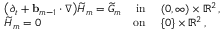
\begin{array} { r l r l } & { \bigl ( \partial _ { t } + \ensuremath { \mathbf { b } } _ { m - 1 } \cdot \nabla \bigr ) \widetilde { H } _ { m } = \widetilde { G } _ { m } } & { \mathrm { i n } } & { \ ( 0 , \infty ) \times \ensuremath { \mathbb { R } } ^ { 2 } \, , } \\ & { \widetilde { H } _ { m } = 0 } & { \mathrm { o n } } & { \ \{ 0 \} \times \ensuremath { \mathbb { R } } ^ { 2 } \, , } \end{array}